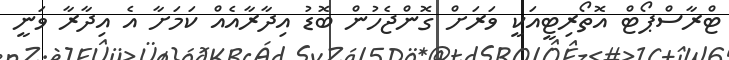
ޓްރާސްޕޯޓް އޮތޯރިޓީއަކީ ވަރަށް ގޮންޖެހުން ބޮޑު އިދާރާއެއް ކަމަށާ އެ އިދާރާ ވަނީ